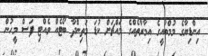
އިންޑިޔާގެ މުމްބާއީގެ އިމާރާތެއްގެ މައްޗަށް ކުޑަ މަތިންދާ ބޯޓެއް ވެއްޓި ފަސް މީހުން